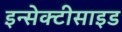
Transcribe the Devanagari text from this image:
इन्सेक्टीसाइड